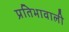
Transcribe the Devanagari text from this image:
प्रतिभावाली